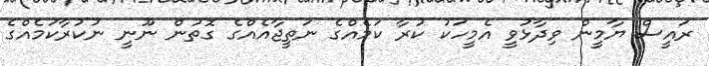
ރައީސް ޔާމީން ވިދާޅުވީ އެމީހަކު ކުރާ ކަމެއްގެ ނަތީޖާއެއްގެ ގޮތުން ނޫނީ ނުކުރާކަމެއްގެ